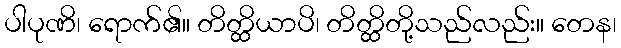
ပါပုဏိ၊ ရောက်၏။ တိတ္ထိယာပိ၊ တိတ္ထိတို့သည်လည်း။ တေန၊